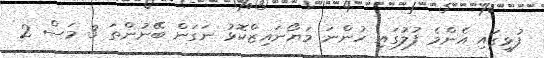
ފުޅީގައި އެންމެ ފުލުގައި ހުންނަ މަޔޯނައިޒްކޮޅު ނަގަން ބޭނުންތަ 3 މަސް 2